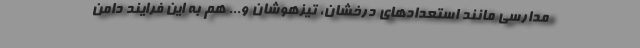
مدارسی مانند استعدادهای درخشان، تیزهوشان و... هم به این فرایند دامن